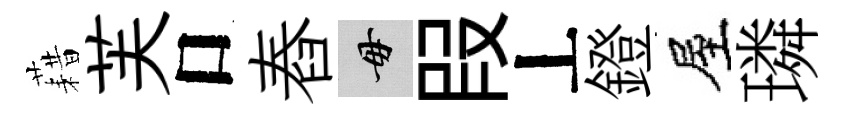
藉芙口舂毋叚丄鐙屋璘